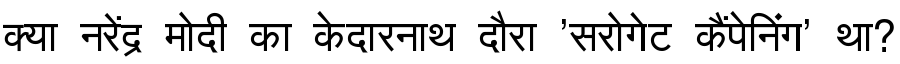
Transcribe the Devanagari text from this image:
क्या नरेंद्र मोदी का केदारनाथ दौरा 'सरोगेट कैंपेनिंग' था?